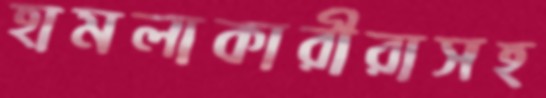
হামলাকারীরাসহ